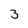
Character: 3